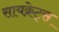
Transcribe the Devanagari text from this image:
सायक्रेट्स